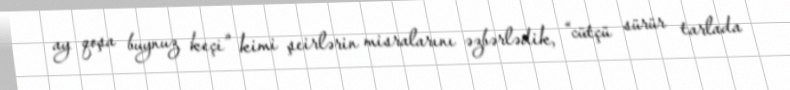
ay qoşa buynuz keçi” kimi şeirlərin misralarını əzbərlədik, “cütçü sürür tarlada